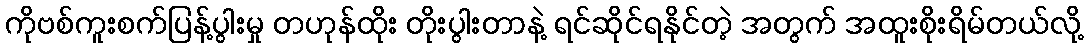
ကိုဗစ်ကူးစက်ပြန့်ပွါးမှု တဟုန်ထိုး တိုးပွါးတာနဲ့ ရင်ဆိုင်ရနိုင်တဲ့ အတွက် အထူးစိုးရိမ်တယ်လို့